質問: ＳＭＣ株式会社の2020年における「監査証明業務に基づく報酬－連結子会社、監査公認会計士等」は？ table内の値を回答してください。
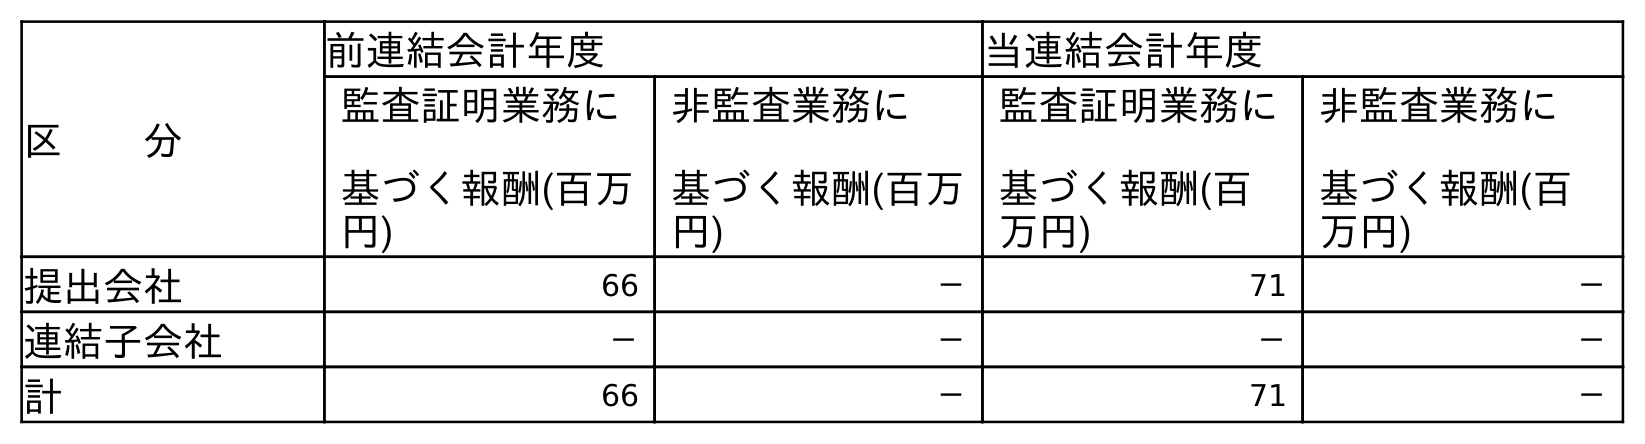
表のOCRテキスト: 区  分 前連結会計年度 当連結会計年度 監査証明業務に 基づく報酬(百万 円) 非監査業務に 基づく報酬(百万 円) 監査証明業務に 基づく報酬(百 万円) 非監査業務に 基づく報酬(百 万円) 提出会社 66 － 71 － 連結子会社 － － － － 計 66 － 71 －
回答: －